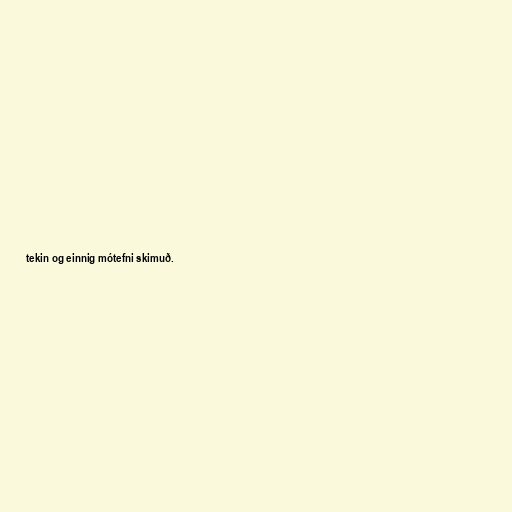
tekin og einnig mótefni skimuð.